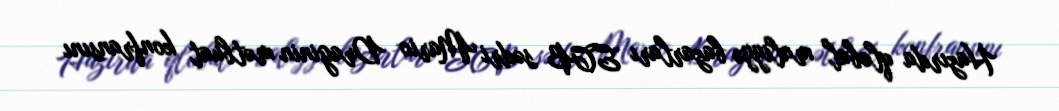
Hazırda qlobal maliyyə bazarları ECB sədri Mario Draginin mətbuat konfransını